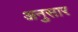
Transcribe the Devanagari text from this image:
अनुसार